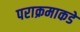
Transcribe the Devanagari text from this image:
पराक्रमाकडे